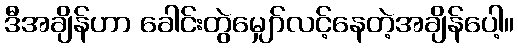
ဒီအချိန်ဟာ ခေါင်းတွဲမျှော်လင့်နေတဲ့အချိန်ပေါ့။